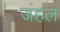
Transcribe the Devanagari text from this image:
जंहल